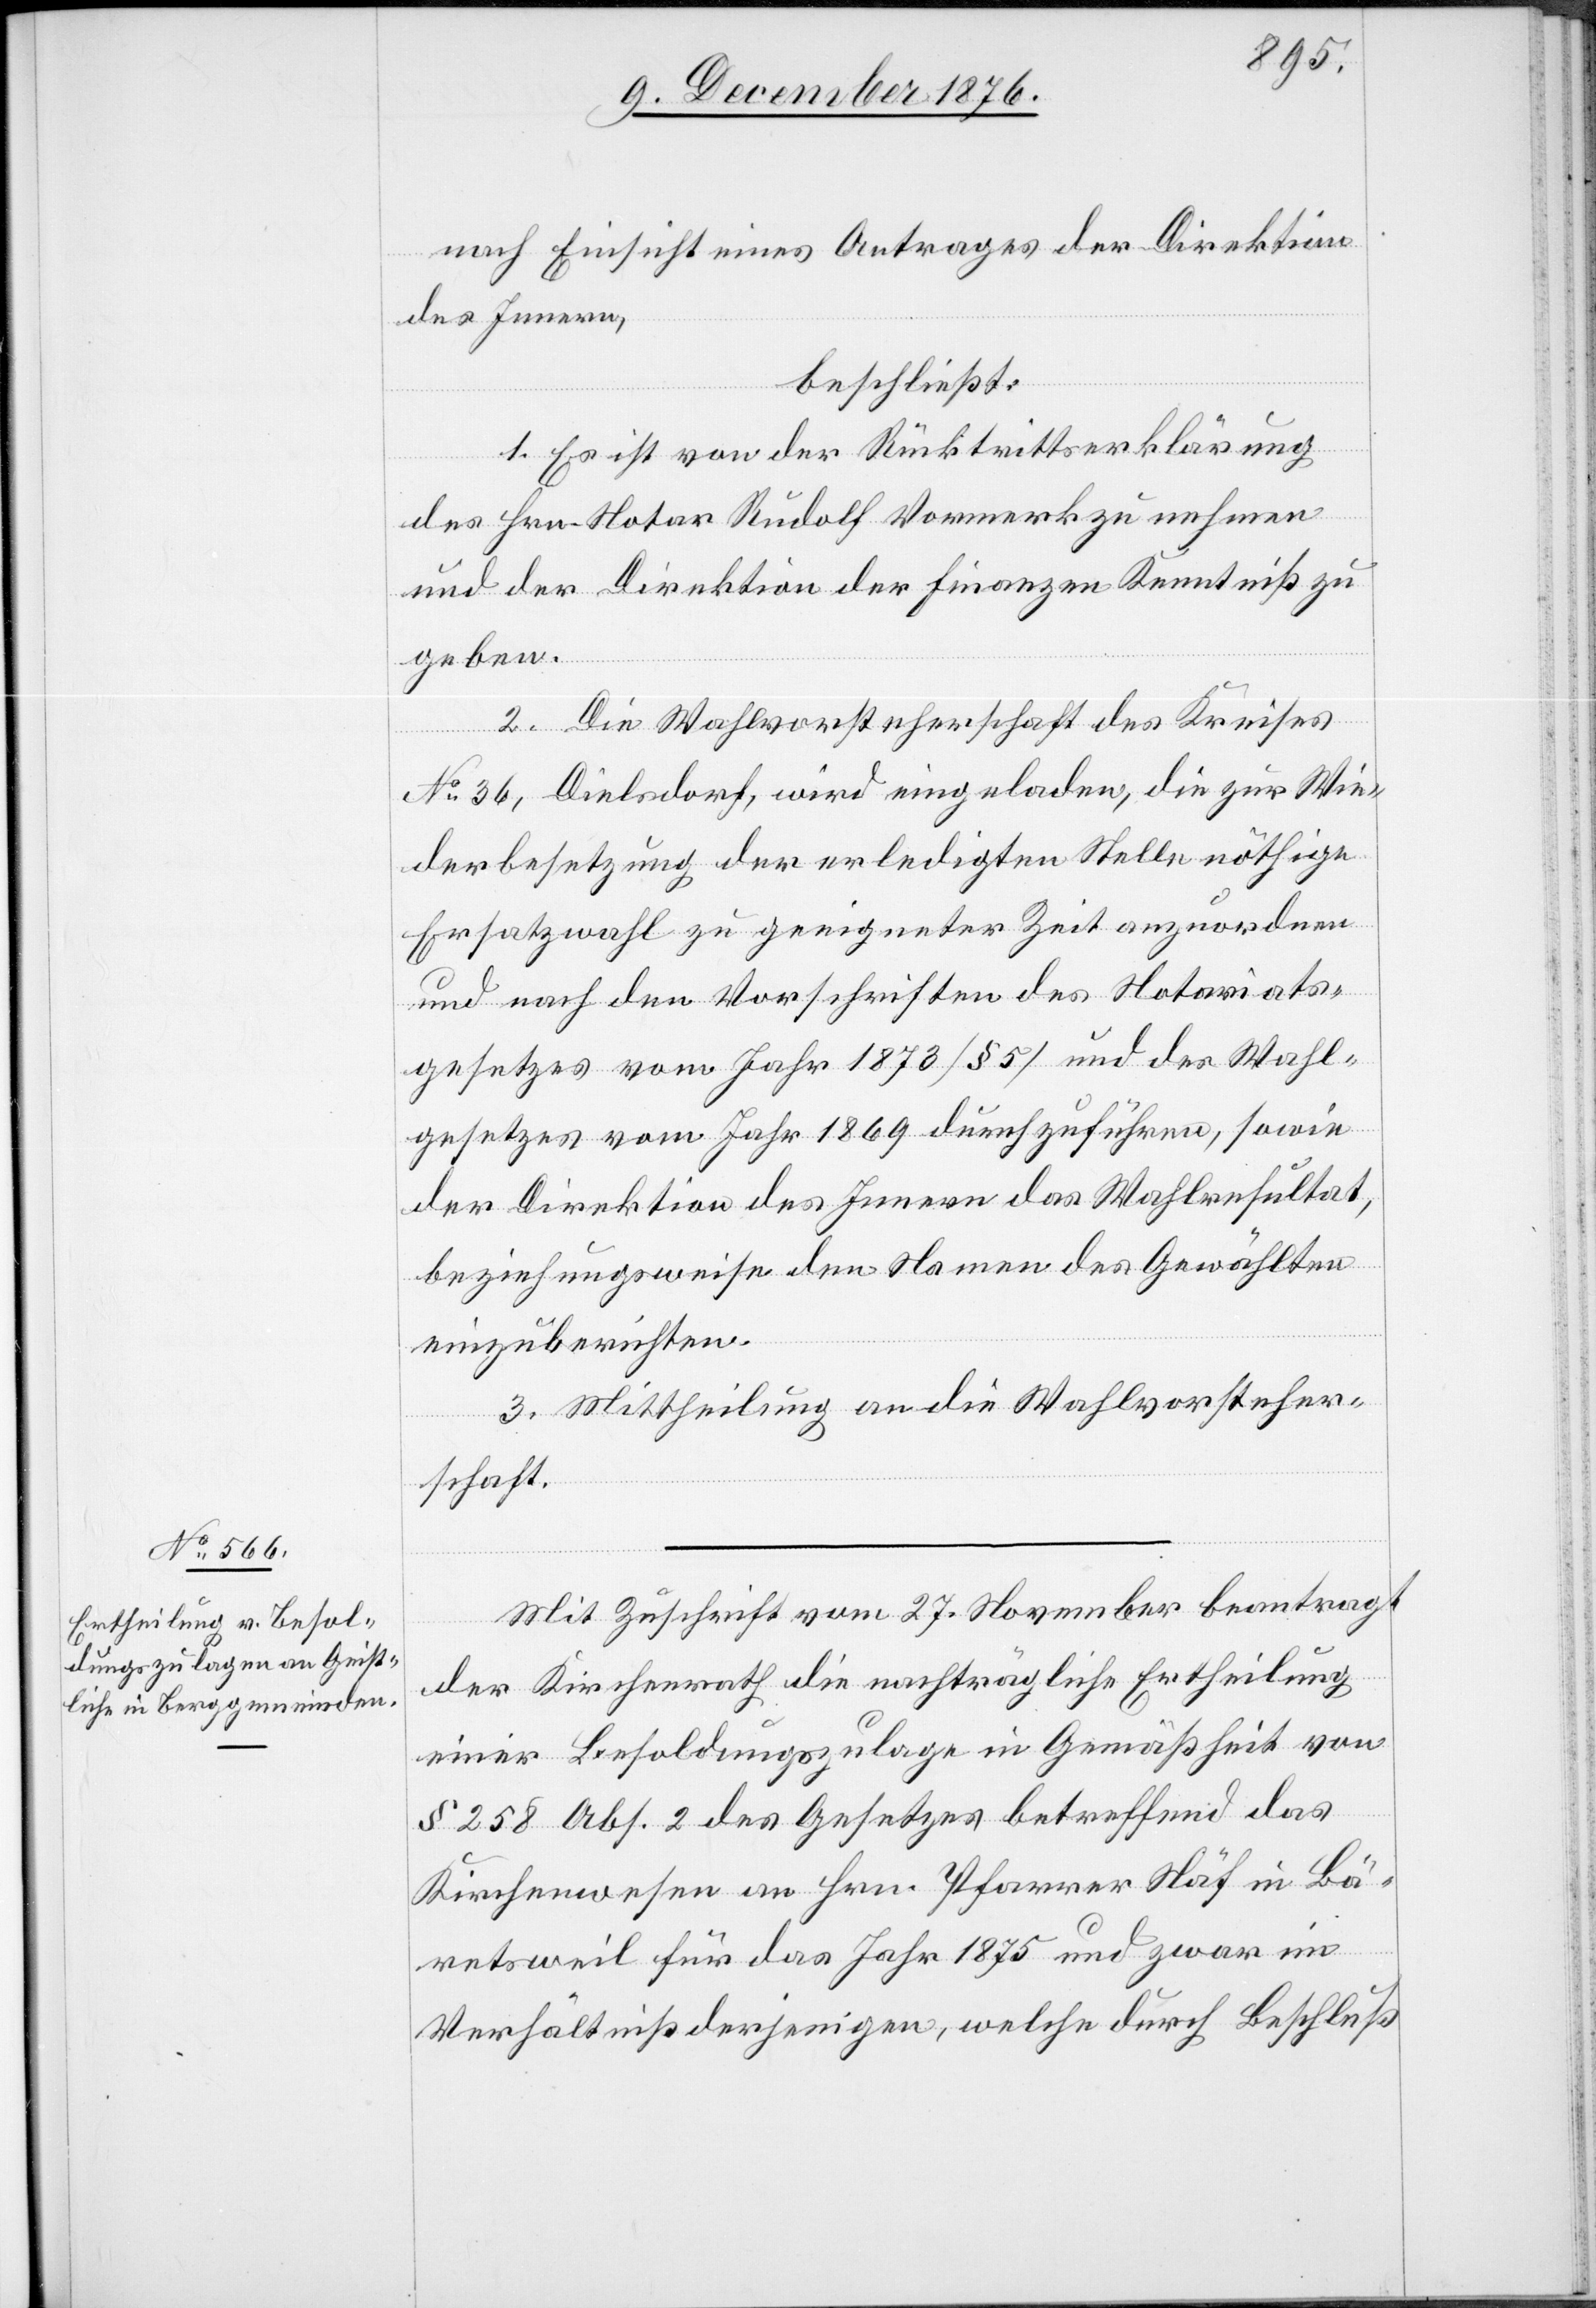
nach Einsicht eines Antrages der Direktion
des Innern,
beschließt:
1. Es ist von der Rücktrittserklärung
des Hrn. Notar Rudolf Vormerk zu nehmen
und der Direktion der Finanzen Kenntniß zu
geben.
2. Die Wahlvorsteherschaft des Kreises
No 36, Dielsdorf, wird eingeladen, die zur Wie¬
derbesetzung der erledigten Stelle nöthige
Ersatzwahl zu geeigneter Zeit anzuordnen
und nach den Vorschriften des Notariats¬
gesetzes vom Jahr 1873 [§ 5] und des Wahl¬
gesetzes vom Jahr 1869 durchzuführen, sowie
der Direktion des Innern das Wahlresultat,
beziehungsweise den Namen des Gewählten
einzuberichten.
3. Mittheilung an die Wahlvorsteher¬
schaft.
Mit Zuschrift vom 27. November beantragt
der Kirchenrath die nachträgliche Ertheilung
einer Besoldungszulage in Gemäßheit von
§ 258 Abs. 2 des Gesetzes betreffend das
Kirchenwesen an Hrn. Pfarrer Näf in Bä¬
retsweil für das Jahr 1875 und zwar im
Verhältniß derjenigen, welche durch Beschluß